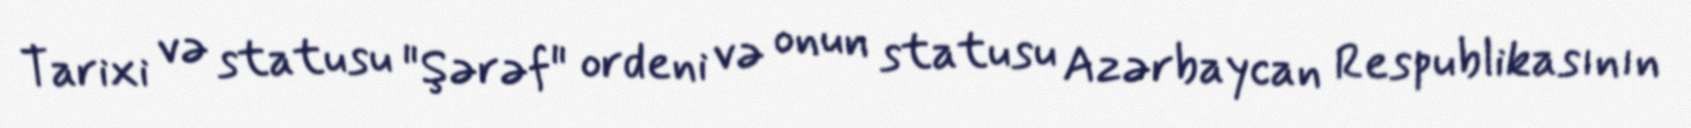
Tarixi və statusu "Şərəf" ordeni və onun statusu Azərbaycan Respublikasının